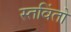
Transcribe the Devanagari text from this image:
स्तविंतो